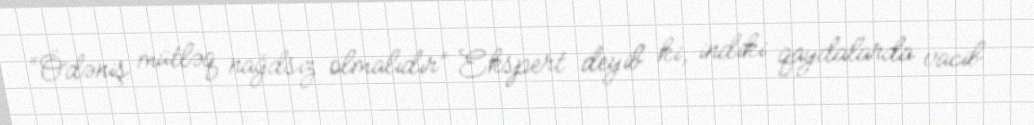
“Ödəniş mütləq nağdsız olmalıdır” Ekspert deyib ki, indiki qaydalarda vacib